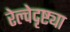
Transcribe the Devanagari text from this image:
रेल्वेदृष्ट्या